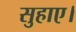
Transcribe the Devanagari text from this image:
सुहाए।